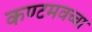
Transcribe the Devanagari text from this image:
कण्टमवच्चा